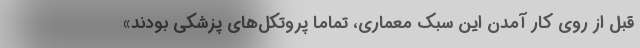
قبل از روی کار آمدن این سبک معماری، تماما پروتکل‌های پزشکی بودند»